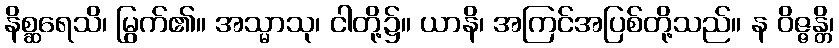
နိစ္ဆရေသိ၊ မြွက်၏။ အသ္မာသု၊ ငါတို့၌။ ယာနိ၊ အကြင်အပြစ်တို့သည်။ န ဝိဇ္ဇန္တိ၊